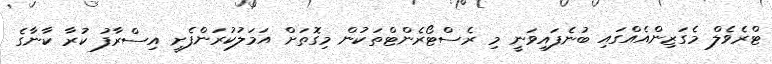
ޓްރެވެލް މެގަޒިންއެއްގައި ބުނެފައިވަނީ މި ރެސްޓޯރެންޓްތަކުން މިގޮތަށް އަމަލުކުރަންފެށީ އިސްރާފު ކުރާ ކާނާގެ